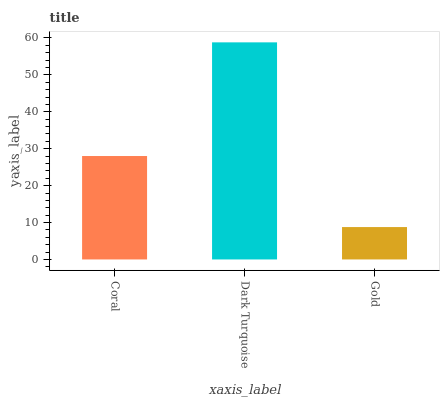
| xaxis_label | bars |
 | --- | --- |
 | Coral | 28 |
 | Dark Turquoise | 58.8 |
 | Gold | 8.77 |